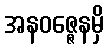
အနဝဇ္ဇေနမှိ